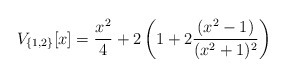
\begin{align*}V_{\{1,2\}}[x]=\frac{x^2}{4}+2\left(1 + 2\frac{(x^2-1)}{(x^2+1)^2}\right) \end{align*}